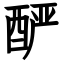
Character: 酽